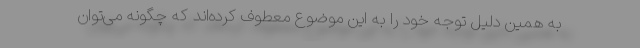
به همین دلیل توجه خود را به این موضوع معطوف کرده‌اند که چگونه می‌توان